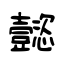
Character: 懿